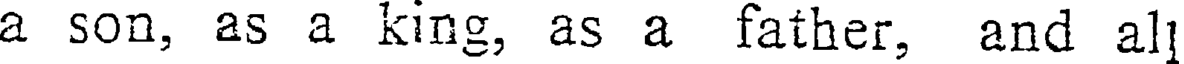
a son, as a king, as a father, and al